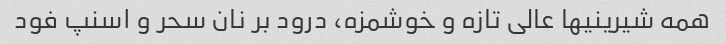
همه شیرینیها عالی تازه و خوشمزه، درود بر نان سحر و اسنپ فود